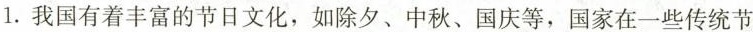
1.我国有着丰富的节日文化，如除夕、中秋、国庆等，国家在一些传统节